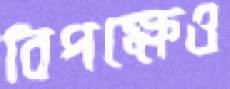
বিপক্ষেও